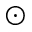
\odot